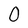
Character: 0